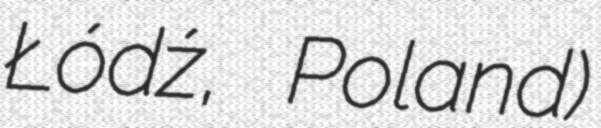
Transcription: Łódź, Poland)